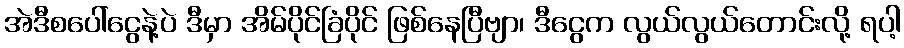
အဲဒီစပေါ်ငွေနဲ့ပဲ ဒီမှာ အိမ်ပိုင်ခြံပိုင် ဖြစ်နေပြီဗျာ၊ ဒီငွေက လွယ်လွယ်တောင်းလို့ ရပါ့